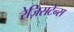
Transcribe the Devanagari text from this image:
रेज़िसटेन्स